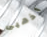
اذهبى